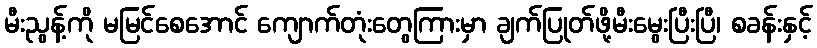
မီးညွန့်ကို မမြင်စေအောင် ကျောက်တုံးတွေကြားမှာ ချက်ပြုတ်ဖို့မီးမွေးပြီးပြီ၊ စခန်းနှင့်